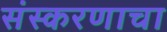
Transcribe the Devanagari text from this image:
संस्करणाचा